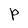
Character: P